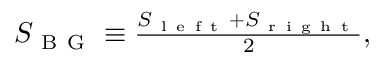
\begin{array} { r } { S _ { \mathrm { ~ B ~ G ~ } } \equiv \frac { S _ { \mathrm { ~ l ~ e ~ f ~ t ~ } } + S _ { \mathrm { ~ r ~ i ~ g ~ h ~ t ~ } } } { 2 } , } \end{array}